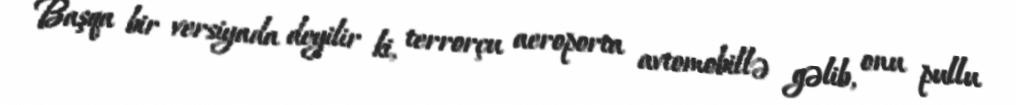
Başqa bir versiyada deyilir ki, terrorçu aeroporta avtomobillə gəlib, onu pullu